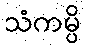
သံကမ္ပိ